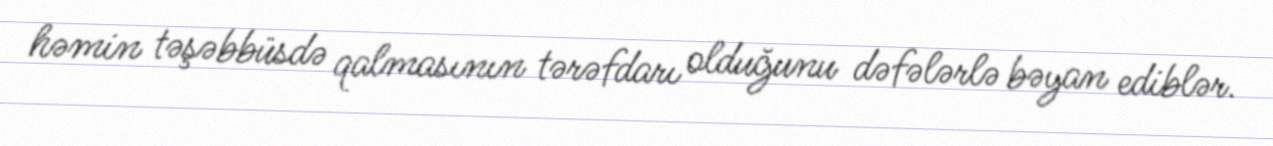
həmin təşəbbüsdə qalmasının tərəfdarı olduğunu dəfələrlə bəyan ediblər.